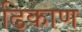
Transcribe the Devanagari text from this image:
ढिकाण